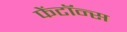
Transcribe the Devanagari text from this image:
फेंटॉन्स